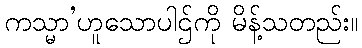
ကသ္မာ’ဟူသောပါဌ်ကို မိန့်သတည်း။